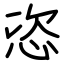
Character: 恣